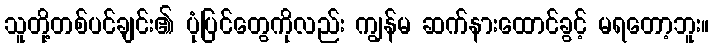
သူတို့တစ်ပင်ချင်း၏ ပုံပြင်တွေကိုလည်း ကျွန်မ ဆက်နားထောင်ခွင့် မရတော့ဘူး။